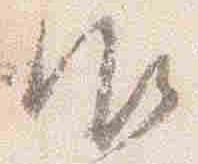
御